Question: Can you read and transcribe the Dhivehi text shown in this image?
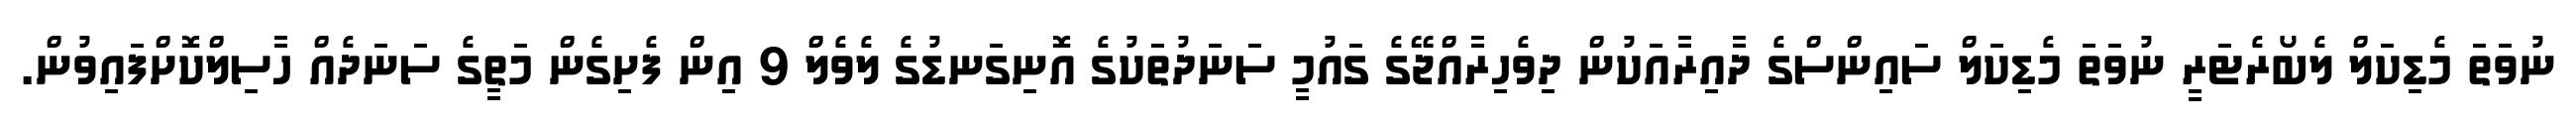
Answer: ނުވަތަ މެޑިކަލް ލެބޯރެޓަރީ ނުވަތަ މެޑިކަލް ސައިންސްގެ ދާއިރާއަކުން ދިވެހިރާއްޖޭގެ ގައުމީ ސަނަދުތަކުގެ އޮނިގަނޑުގެ ލެވެލް 9 އިން ފެށިގެން މަތީގެ ސަނަދެއް ހާސިލްކޮށްފައިވުން.